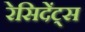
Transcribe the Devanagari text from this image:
रेसिदेंट्स